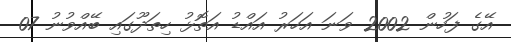
އޭގެ ފަހުން 2002 ވަނަ އަހަރު އައްޑު އަތޮޅު ހިތަދޫގައި ބޭއްވުނު 07